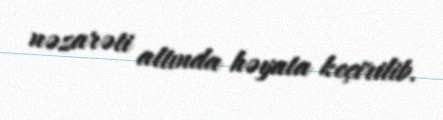
nəzarəti altında həyata keçirilib.